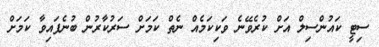
ސިޓީ ކައުންސިލް އަށް ކުރެވޭނެ ވަކިކަމެއް ނެތް ކަމަށް ސަރުކާރުން ބުނެފައިވާ ކަމަށް